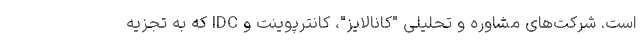
است. شرکت‌های مشاوره و تحلیلی "کانالایز"، کانترپوینت و IDC که به تجزیه